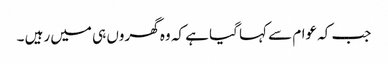
جب کہ عوام سے کہا گیا ہے کہ وہ گھروں ہی میں رہیں ۔